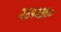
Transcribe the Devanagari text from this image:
२६१२३६०